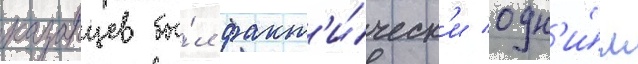
казанцев бы́л факт'и́ческ'и одн'и́м